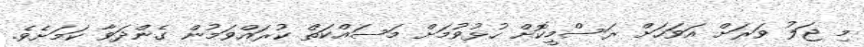
މި ޖަލު ވަރަށް އަވަހަށް ރަސްމީކޮށް ހުޅުވުމަށް މަސައްކަތް ކުރައްވަމުން ގެންދަވާ ކަމަށެވެ.